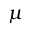
\mu